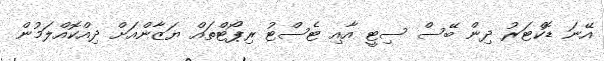
އޭނަ ޑޮކްޓަރު ދިން ބޭސް ސިޓީ އާއި ޓެސްޓު ރިޕޯޓްތައް ޔަޒާންއަށް ދިއްކޮއްލަމުން